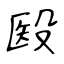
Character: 殹